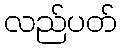
လည်ပတ်